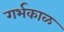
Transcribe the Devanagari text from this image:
गर्भकाळ